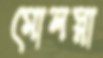
মোলস্না